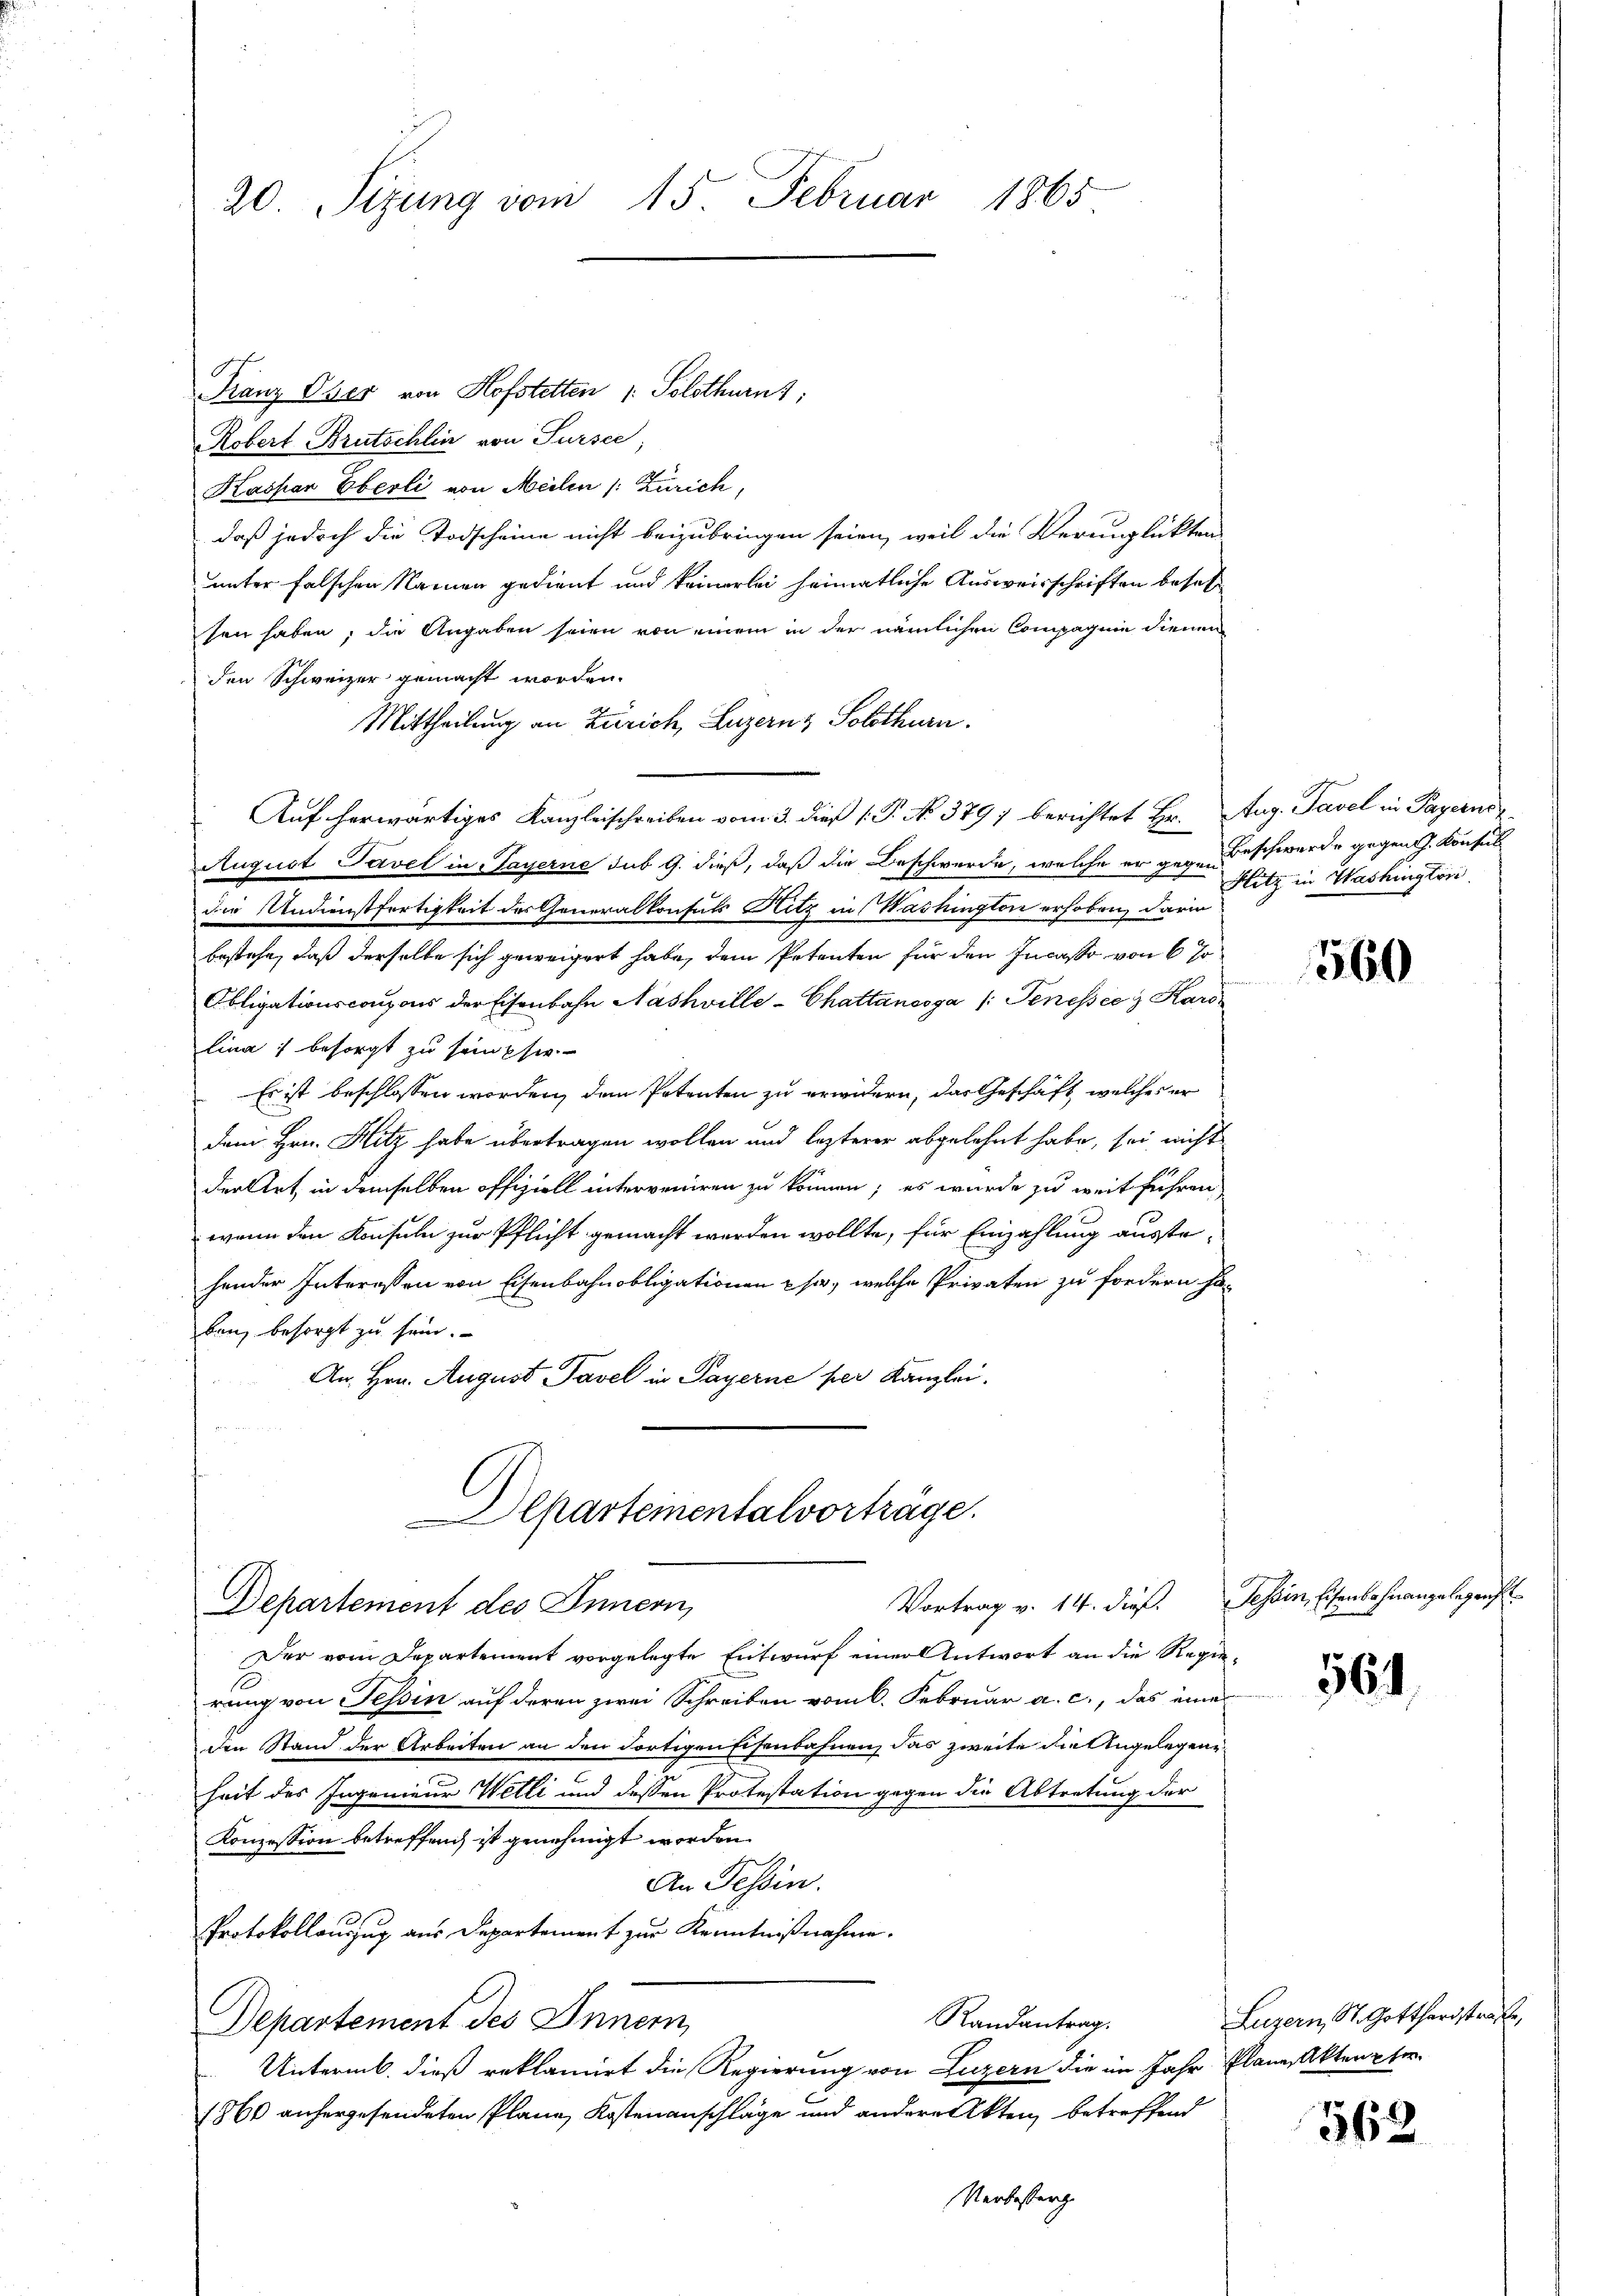
20 Sizung vom 15. Februar 1865

Franz Oser von Hofstetten 1. Solothurnt,
Robert Brutschlin von Sursee,
Haspar Eberli von Meilen /: Zürich,
daß jedoch die Todscheine nicht beizubringen seien, weil die Verunglükten
unter falschen Namen gedient und keinerlei heimatliche Ausweisschriften besetz
sen haben; die Angaben seien von einem in der nämlichen Compagnie dienen
den Schweizer gemacht worden.
Mittheilung an Zürich, Luzern? Solothurn.
Auf herwärtiges Kanzleischreiben vom 3. dieß 1. P. No. 379) berichtet Hr. Aug. Tavel in Payerne
August Tavel in Payerne sub 9. dieß, daß die Beschwerde, welche er gegen Beschwerde gegen J. Konsul
die Undienstfertigkeit des Generalkonsuls Hitz in Washington erhoben, darin
bestehe, daß derselbe sich geweigert habe, dem Petenten für den Incasso von 6 %
Obligationscoupons der Eisenbahn Nashville-Chattancoga /: Jenessee z Karo
lina) besorgt zu sein sie
Es ist beschlossen worden, dem Petenten zu erwidern, das Geschäft, welches er
dem Hrn. Hitz habe übertragen wollen und lezterer abgelehnt habe, sei nicht
der Art in demselben offiziell interveniren zu können; es wurde zu weit führen
wenn den Konsuln zur Pflicht gemacht werden wollte, für Einzahlung ausstehender Interessen von Eisenbahnobligationen ja, welche Privaten zu fordern ha-
ben, besorgt zu sein.
An Hrn. August Tavel in Payerne per Kanzlei.
Departementalvorträge.

Departement des Innern,

Der vom Departement vorgelegte Entwurf einer Antwort an die Regierung von Tessin auf deren zwei Schreiben vom 6. Februar a. c., das eine
den Stand der Arbeiten an den dortigenschenbahnen, das zweite die Angelegen
heit des Ingenieur Wetti und dessen Protestation gegen die Abtretung der
Konzession betreffend ist genehmigt worden.
An Tessin.
Protokollauszug aus Departement zur Kenntnißnahme.
Randantrag.
Departement des Innern,
Untermb, dieß reklamirt die Regierung von Luzern die im Jahr Plane Akten u ter
1860 anhergesendeten Plane Kostenanschläge und andere Akten betreffend
Verbesserg

Hitz in Washingten.

560

Vortrag v. 14. dieß. Tessin, Eisenbahnangelegens

564

Luzern, St. Gotthardstrafe

562